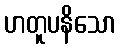
ဟတူပနိသော